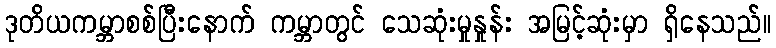
ဒုတိယကမ္ဘာစစ်ပြီးနောက် ကမ္ဘာတွင် သေဆုံးမှုနှုန်း အမြင့်ဆုံးမှာ ရှိနေသည်။